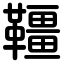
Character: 韁